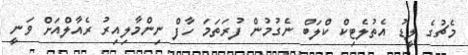
މެޗުގެ ލީޑު އެތުލެޓިކް ކްލަބް ނެގުމުން ފުރަތަމަ ހާފް ނިންމާލިއިރު ރެއާލްއަށް ވަނީ